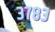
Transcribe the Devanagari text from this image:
३७८३